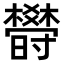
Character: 𣠈